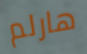
هارلم